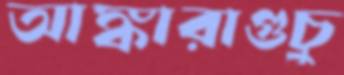
আঙ্কারাগুচু